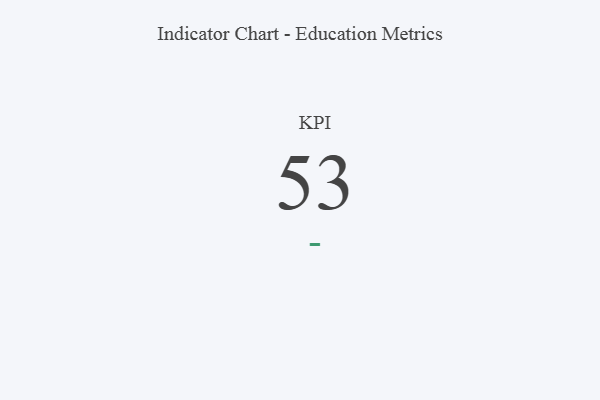
{"axis": {"x": "KPI", "y": "Value"}, "legend": [""], "data": [{"x": "KPI", "y": 53, "type": ""}]}